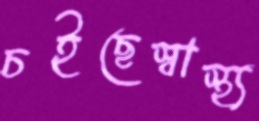
চইছেস্বাস্থ্য